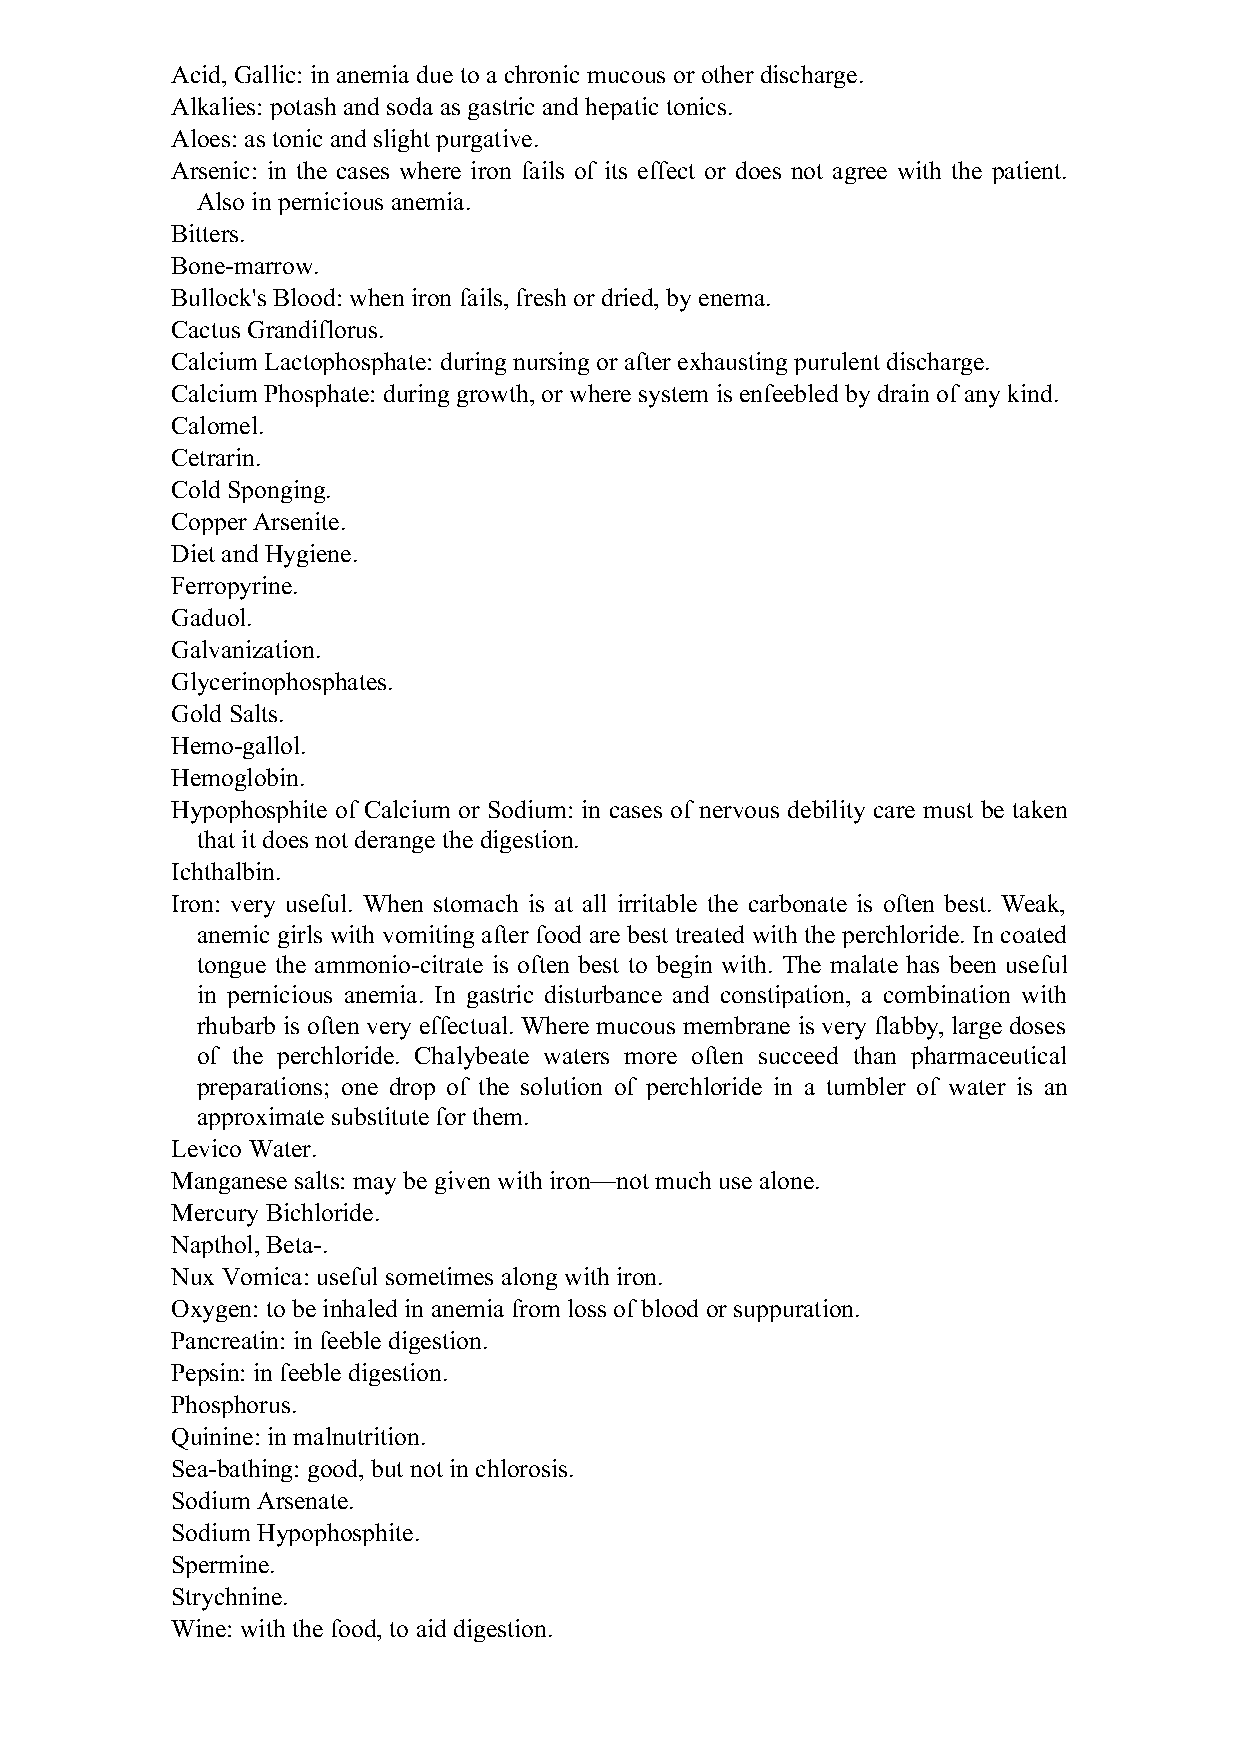
Acid, Gallic: in anemia due to a chronic mucous or other discharge.
 Alkalies: potash and soda as gastric and hepatic tonics.
 Aloes: as tonic and slight purgative.
 Arsenic: in the cases where iron fails of its effect or does not agree with the patient.
 Also in pernicious anemia.
 Bitters.
 Bone-marrow.
 Bullock's Blood: when iron fails, fresh or dried, by enema.
 Cactus Grandiflorus.
 Calcium Lactophosphate: during nursing or after exhausting purulent discharge.
 Calcium Phosphate: during growth, or where system is enfeebled by drain of any kind.
 Calomel.
 Cetrarin.
 Cold Sponging.
 Copper Arsenite.
 Diet and Hygiene.
 Ferropyrine.
 Gaduol.
 Galvanization.
 Glycerinophosphates.
 Gold Salts.
 Hemo-gallol.
 Hemoglobin.
 Hypophosphite of Calcium or Sodium: in cases of nervous debility care must be taken
 that it does not derange the digestion.
 Ichthalbin.
 Iron: very useful. When stomach is at all irritable the carbonate is often best. Weak,
 anemic girls with vomiting after food are best treated with the perchloride. In coated
 tongue the ammonio-citrate is often best to begin with. The malate has been useful
 in pernicious anemia. In gastric disturbance and constipation, a combination with
 rhubarb is often very effectual. Where mucous membrane is very flabby, large doses
 of the perchloride. Chalybeate waters more often succeed than pharmaceutical
 preparations; one drop of the solution of perchloride in a tumbler of water is an
 approximate substitute for them.
 Levico Water.
 Manganese salts: may be given with iron—not much use alone.
 Mercury Bichloride.
 Napthol, Beta-.
 Nux Vomica: useful sometimes along with iron.
 Oxygen: to be inhaled in anemia from loss of blood or suppuration.
 Pancreatin: in feeble digestion.
 Pepsin: in feeble digestion.
 Phosphorus.
 Quinine: in malnutrition.
 Sea-bathing: good, but not in chlorosis.
 Sodium Arsenate.
 Sodium Hypophosphite.
 Spermine.
 Strychnine.
 Wine: with the food, to aid digestion.